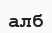
алб